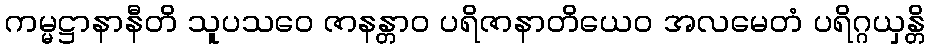
ကမ္မဋ္ဌာနာနီတိ သူပသဝေ ဇာနန္တာဝ ပရိဇာနာတိယေဝ အလမေတံ ပရိဂ္ဂယှန္တိ